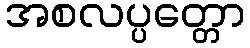
အစလပ္ပတ္တော